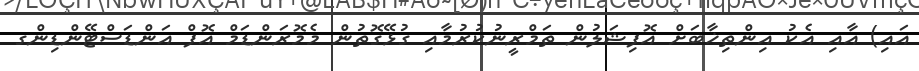
އައި) އާއި އެކު އިންތިޚާބަށް އޮފިޝަލުން ތަމްރީނުކުރުމާއި ގުޅޭގޮތުން މެމޮރަންޑަމް އޮފް އަންޑަސްޓޭންޑިންގ